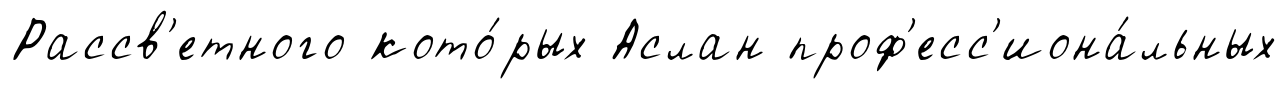
Рассв'етного кото́рых Аслан проф'есс'иона́льных